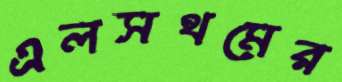
এলসথমের